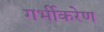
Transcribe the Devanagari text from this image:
गर्भीकरेण